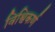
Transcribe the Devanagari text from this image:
विश्विकर्ण